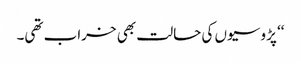
‘‘ پڑوسیوں کی حالت بھی خراب تھی۔